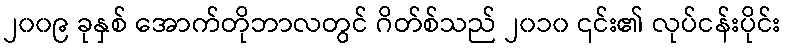
၂၀၀၉ ခုနှစ် အောက်တိုဘာလတွင် ဂိတ်စ်သည် ၂၀၁၀ ၎င်း၏ လုပ်ငန်းပိုင်း